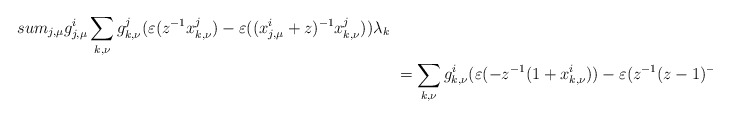
\begin{align*} &\\sum_{j,\mu} g^i_{j,\mu} \sum_{k,\nu} g^j_{k,\nu} (\varepsilon(z^{-1} x^j_{k,\nu})- \varepsilon((x^i_{j,\mu}+z)^{-1} x^j_{k,\nu})) \lambda_k \\ &\ = \sum_{k,\nu} g^i_{k,\nu} (\varepsilon(-z^{-1}(1+x^i_{k,\nu}))-\varepsilon(z^{-1}(z-1)^{-1}(x^i_{k,\nu}-z+1)) )\lambda_k\end{align*}